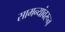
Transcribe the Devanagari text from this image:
सामन्यांवरून